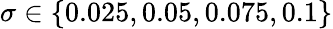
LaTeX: \sigma\in\{ 0.025,0.05,0.075,0.1\}